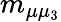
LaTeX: m_{\mu\mu_{3}}